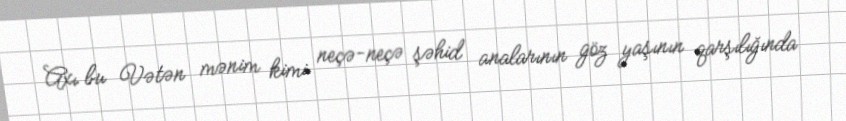
Axı bu Vətən mənim kimi neçə-neçə şəhid analarının göz yaşının qarşılığında